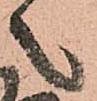
之